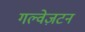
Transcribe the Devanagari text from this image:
गल्वेज़टन